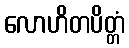
လောဟိတပိတ္တံ